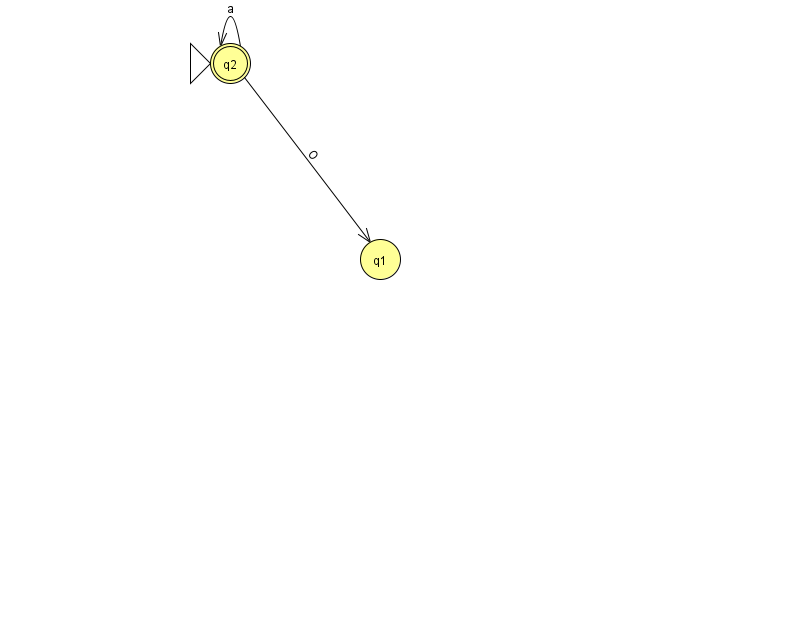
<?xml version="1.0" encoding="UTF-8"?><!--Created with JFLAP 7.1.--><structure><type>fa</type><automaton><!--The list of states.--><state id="1" name="q1"><x>380.0</x><y>246.0</y></state><state id="2" name="q2"><x>230.0</x><y>50.0</y><initial/><final/></state><!--The list of transitions.--><transition><from>2</from><to>2</to><read>a</read></transition><transition><from>2</from><to>1</to><read>O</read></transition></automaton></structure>